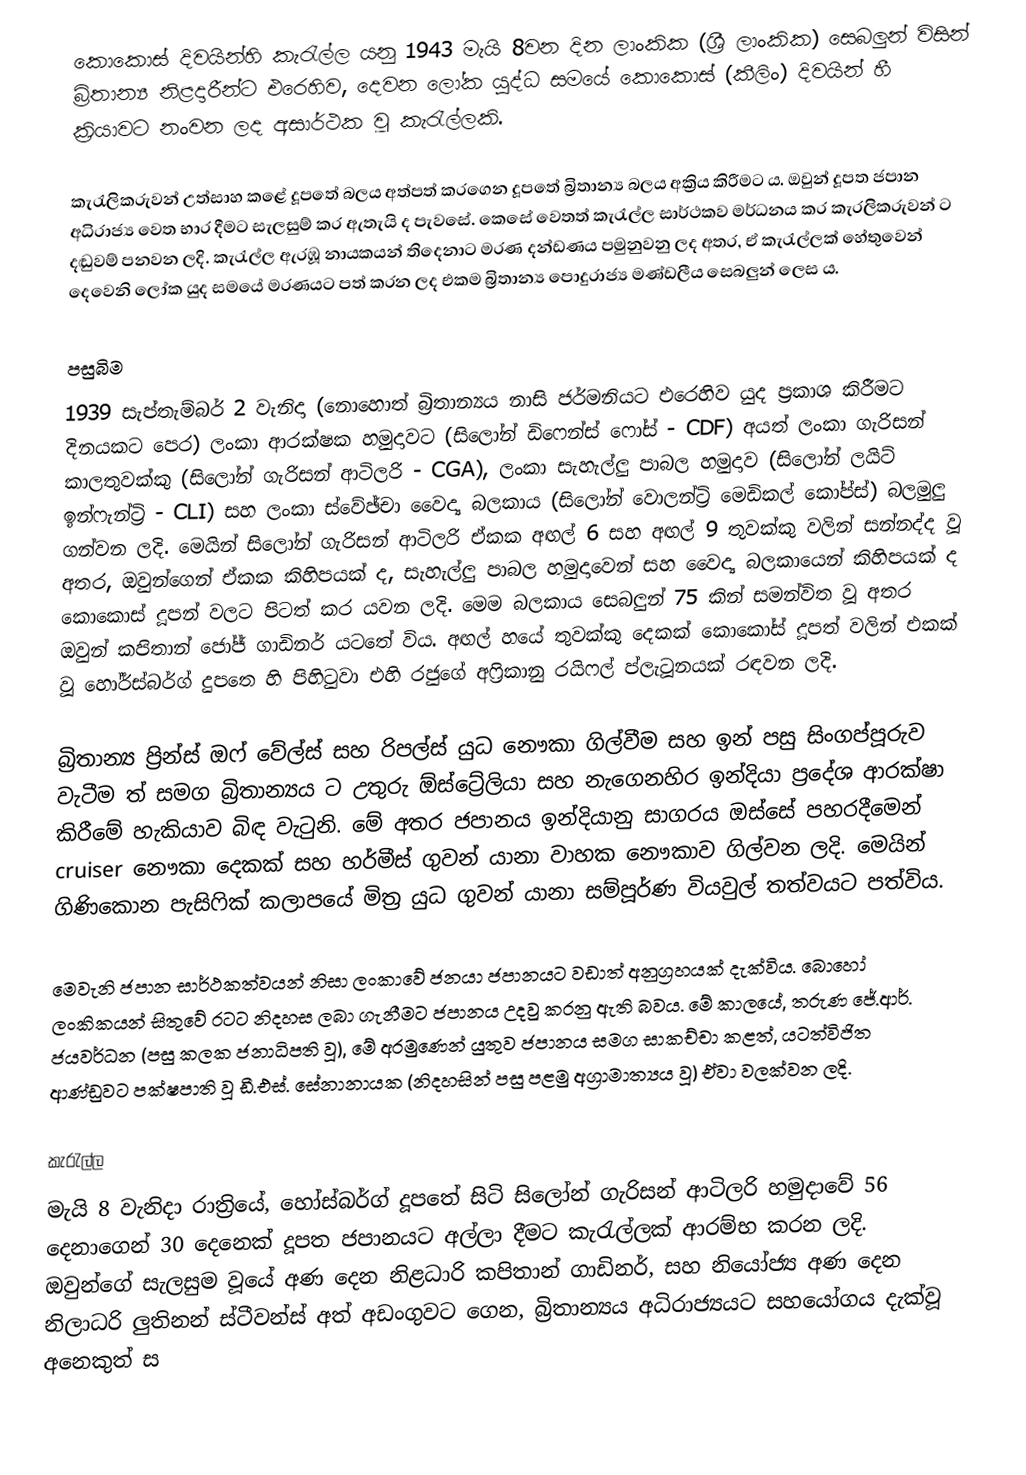
කොකොස් දිවයින්හි කැරැල්ල යනු 1943 මැයි 8වන දින ලාංකික (ශ්‍රී ලාංකික) සෙබලුන් විසින් බ්‍රිතාන්‍ය නිළදාරීන්ට එරෙහිව, දෙවන ලෝක යුද්ධ සමයේ  කොකොස් (කීලිං) දිවයින්  හී ක්‍රියාවට නංවන ලද අසාර්ථක වූ කැරැල්ලකි.

කැරැලිකරුවන් උත්සාහ කළේ දූපතේ බලය අත්පත් කරගෙන දූපතේ බ්‍රිතාන්‍ය බලය අක්‍රිය කිරීමට ය. ඔවුන් දූපත ජපාන අධිරාජ්‍ය වෙත භාර දීමට සැලසුම් කර ඇතැයි ද පැවසේ.  කෙසේ වෙතත් කැරැල්ල සාර්ථකව මර්ධනය කර කැරලිකරුවන් ට දඬුවම් පනවන ලදි. කැරැල්ල ඇරඹූ නායකයන් තිදෙනාට මරණ දන්ඩණය පමුනුවනු ලද අතර, ඒ කැරැල්ලක් හේතුවෙන් දෙවෙනි ලෝක යුද සමයේ මරණයට පත් කරන ලද එකම බ්‍රිතාන්‍ය පොදුරාජ්‍ය මණ්ඩලීය සෙබලුන් ලෙස ය.

පසුබිම
1939 සැප්තැම්බර් 2 වැනිදා (නොහොත් බ්‍රිතාන්‍යය නාසි ජර්මනියට එරෙහිව යුද ප්‍රකාශ කිරීමට දිනයකට පෙර) ලංකා ආරක්ෂක හමුදාවට (සිලෝන් ඩිෆෙන්ස් ෆෝස් - CDF) අයත් ලංකා ගැරිසන් කාලතුවක්කු (සිලෝන් ගැරිසන් ආටිලරි - CGA), ලංකා සැහැල්ලු පාබල හමුදාව (සිලෝන් ලයිට් ඉන්ෆැන්ට්‍රි - CLI) සහ ලංකා ස්වේඡ්චා වෛද්‍ය බලකාය (සිලෝන් වොලන්ට්‍රි මෙඩිකල් කෝප්ස්) බලමුලු ගන්වන ලදි. මෙයින් සිලෝන් ගැරිසන් ආටිලරි ඒකක අඟල් 6 සහ අඟල් 9 තුවක්කු වලින් සන්නද්ද වූ අතර, ඔවුන්ගෙන් ඒකක කිහිපයක් ද, සැහැල්ලු පාබල හමුදාවෙන් සහ වෛද්‍ය බලකායෙන් කිහිපයක් ද කොකොස් දූපන් වලට පිටත් කර යවන ලදි. මෙම බලකාය සෙබලුන් 75 කින් සමන්විත වූ අතර ඔවුන් කපිතාන් ජෝජ් ගාඩිනර් යටතේ විය. අඟල් හයේ තුවක්කු දෙකක් කොකෝස් දූපත් වලින් එකක් වූ හෝර්ස්බර්ග් දුපතෙ හි පිහිටුවා එහි රජුගේ අෆ්‍රිකානු රයිෆල් ප්ලැටූනයක් රඳවන ලදි.

බ්‍රිතාන්‍ය ප්‍රින්ස් ඔෆ් වේල්ස් සහ රිපල්ස් යුධ නෞකා ගිල්වීම සහ ඉන් පසු සිංගප්පූරුව වැටීම ත් සමග බ්‍රිතාන්‍යය ට උතුරු ඕස්ට්‍රේලියා සහ නැගෙනහිර ඉන්දියා ප්‍රදේශ ආරක්ෂා කිරීමේ හැකියාව බිඳ වැටුනි. මේ අතර ජපානය ඉන්දියානු සාගරය ඔස්සේ පහරදීමෙන් cruiser නෞකා දෙකක් සහ හර්මීස් ගුවන් යානා වාහක නෞකාව ගිල්වන ලදි. මෙයින් ගිණිකොන පැසිෆික් කලාපයේ මිත්‍ර යුධ ගුවන් යානා සම්පූර්ණ වියවුල් තත්වයට පත්විය.

මෙවැනි ජපාන සාර්ථකත්වයන් නිසා ලංකාවේ ජනයා ජපානයට වඩාත් අනුග්‍රහයක් දැක්විය. බොහෝ ලංකිකයන් සිතුවේ රටට නිදහස ලබා ගැනීමට ජපානය උදවු කරනු ඇති බවය. මේ කාලයේ, තරුණ ජේ.ආර්. ජයවර්ධන (පසු කලක ජනාධිපති වූ), මේ අරමුණෙන් යුතුව ජපානය සමග සාකච්චා කළත්, යටත්විජිත ආණ්ඩුවට පක්ෂපාති වූ ඩී.එස්. සේනානායක (නිදහසින් පසු පළමු අග්‍රාමාත්‍යය වූ) ඒවා වලක්වන ලදි.

කැරැල්ල
මැයි 8 වැනිදා රාත්‍රියේ, හෝස්බර්ග් දූපතේ සිටි සිලෝන් ගැරිසන් ආටිලරි හමුදාවේ 56 දෙනාගෙන් 30 දෙනෙක් දූපත ජපානයට අල්ලා දීමට කැරැල්ලක් ආරම්භ කරන ලදි. ඔවුන්ගේ සැලසුම වූයේ අණ දෙන නිළධාරි කපිතාන් ගාඩිනර්, සහ නියෝජ්‍ය අණ දෙන නිලාධරි ලුතිනන් ස්ටීවන්ස් අත් අඩංගුවට ගෙන, බ්‍රිතාන්‍යය අධිරාජ්‍යයට සහයෝගය දැක්වූ අනෙකුත් ස